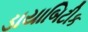
ડાયાબિટીક